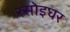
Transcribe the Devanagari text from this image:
रसोइघर